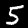
Digit: 5